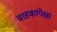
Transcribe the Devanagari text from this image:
वाहकापेक्षा